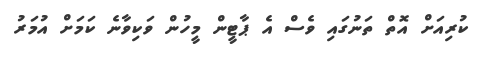
ކުރިއަށް އޮތް ތަނުގައި ވެސް އެ ޕާޓީން މީހުން ވަކިވާނެ ކަމަށް އުމަރު